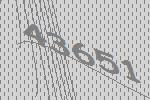
43651